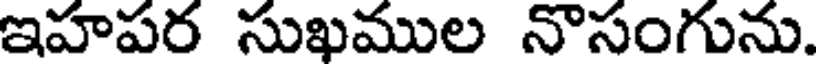
ఇహపర సుఖముల నొసంగును.